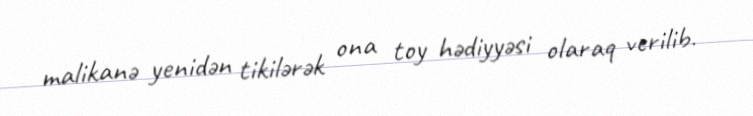
malikanə yenidən tikilərək ona toy hədiyyəsi olaraq verilib.